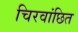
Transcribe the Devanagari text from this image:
चिरवांछित